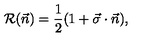
{ \cal R } ( \vec { n } ) = { \frac { 1 } { 2 } } ( 1 + \vec { \sigma } \cdot \vec { n } ) ,